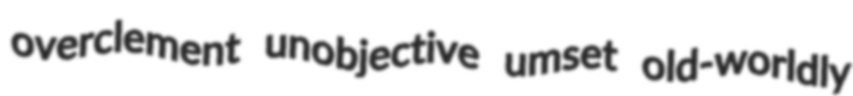
overclement unobjective umset old-worldly